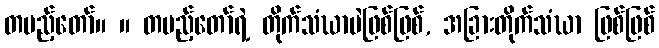
တပည့်တော်။ ။ တပည့်တော်ရဲ့ တိုက်သံဃာပဲဖြစ်ဖြစ်, အခြားတိုက်သံဃာ ဖြစ်ဖြစ်